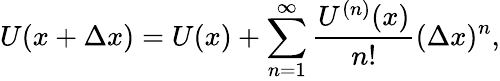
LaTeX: U(x+\Delta x)=U(x)+\sum_{n=1}^{\infty}\frac{U^{(n)}(x)}{n!}(\Delta x)^{n},